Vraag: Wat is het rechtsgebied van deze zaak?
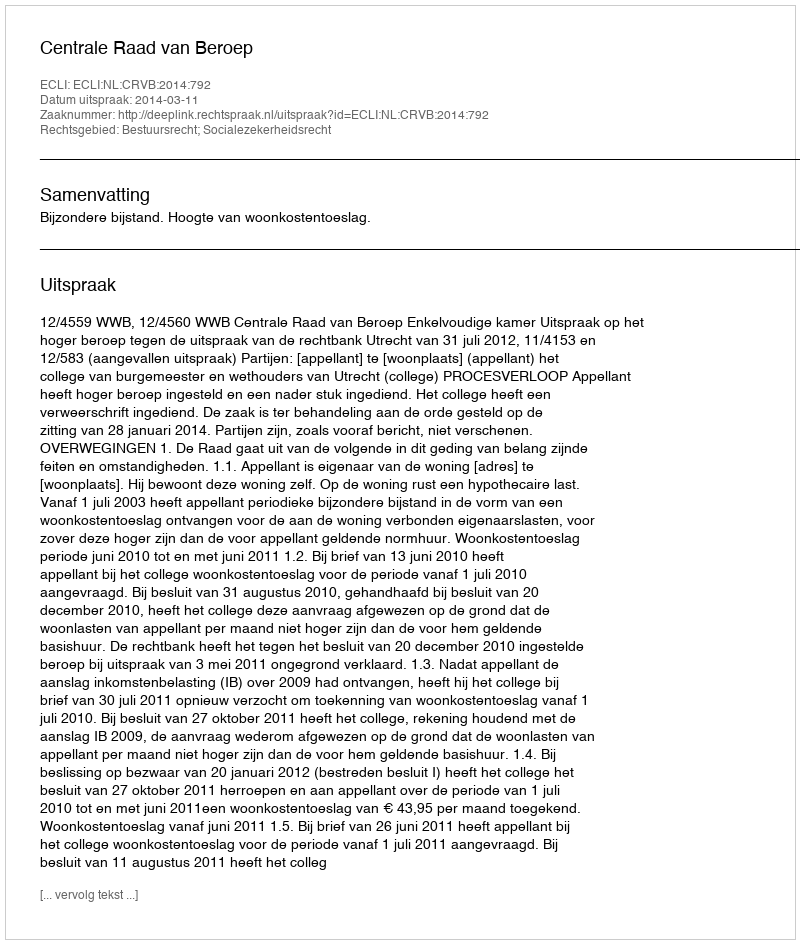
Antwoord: Bestuursrecht; Socialezekerheidsrecht